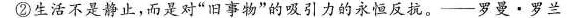
②生活不是静止，而是对”旧事物”的吸引力的永恒反抗。——罗曼·罗兰